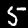
Label: 5